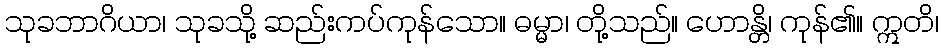
သုခဘာဂိယာ၊ သုခသို့ ဆည်းကပ်ကုန်သော။ ဓမ္မာ၊ တို့သည်။ ဟောန္တိ၊ ကုန်၏။ ဣတိ၊